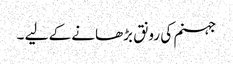
جہنم کی رونق بڑھانے کے لیے ۔